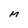
Character: M